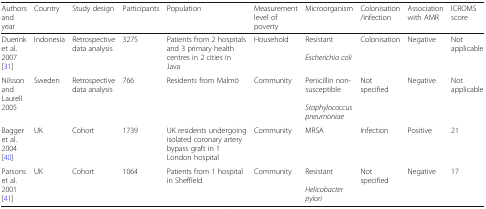
<table><thead><tr><td><b>Authors and year</b></td><td><b>Country</b></td><td><b>Study design</b></td><td><b>Participants</b></td><td><b>Population</b></td><td><b>Measurement level of poverty</b></td><td><b>Microorganism</b></td><td><b>Colonisation /infection</b></td><td><b>Association with AMR</b></td><td><b>ICROMS score</b></td></tr></thead><tbody><tr><td>Duerink et al. 2007 [31]</td><td>Indonesia</td><td>Retrospective data analysis</td><td>3275</td><td>Patients from 2 hospitals and 3 primary health centres in 2 cities in Java</td><td>Household</td><td>Resistant<i>Escherichia coli</i></td><td>Colonisation</td><td>Negative</td><td>Not applicable</td></tr><tr><td>Nilsson and Laurell 2005</td><td>Sweden</td><td>Retrospective data analysis</td><td>766</td><td>Residents from Malmö</td><td>Community</td><td>Penicillin non-susceptible<i>Staphylococcus pneumoniae</i></td><td>Not specified</td><td>Negative</td><td>Not applicable</td></tr><tr><td>Bagger et al. 2004 [40]</td><td>UK</td><td>Cohort</td><td>1739</td><td>UK residents undergoing isolated coronary artery bypass graft in 1 London hospital</td><td>Community</td><td>MRSA</td><td>Infection</td><td>Positive</td><td>21</td></tr><tr><td>Parsons et al. 2001 [41]</td><td>UK</td><td>Cohort</td><td>1064</td><td>Patients from 1 hospital in Sheffield</td><td>Community</td><td>Resistant<i>Helicobacter pylori</i></td><td>Not specified</td><td>Negative</td><td>17</td></tr></tbody></table>